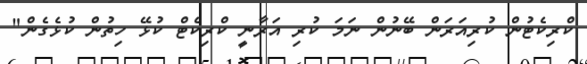
ކްރިކެޓުން ކުރިއަރަން ބޭނުން ނަމަ ކުރި އަރާނީ ކްރިކެޓް ކުޅޭ ހިތުން ކުޅެގެން"